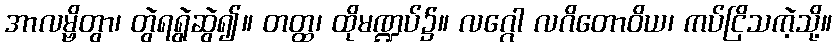
အာလမ္ဗိတွာ၊ တွဲရရွဲဆွဲ၍။ တတ္ထ၊ ထိုမဏ္ဍပ်၌။ လဂ္ဂေါ လဂိတောဝိယ၊ ကပ်ငြိသကဲ့သို့။